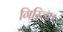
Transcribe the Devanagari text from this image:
गिरिजा।